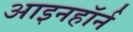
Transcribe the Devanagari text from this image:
आइनहॉर्न